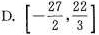
D.$$\left[ - \frac{27}{2}, \frac{22}{3} \right]$$